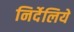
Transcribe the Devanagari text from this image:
निर्देलिये